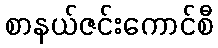
စာနယ်ဇင်းကောင်စီ